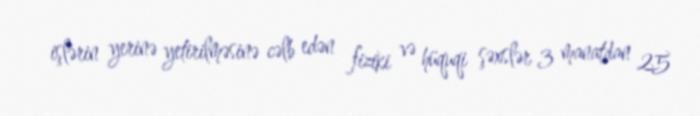
işlərin yerinə yetirilməsinə cəlb edən fiziki və hüquqi şəxslər 3 manatdan 25